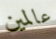
عالمين